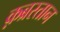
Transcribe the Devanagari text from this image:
क़ब्रस्तान